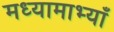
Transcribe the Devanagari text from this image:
मध्यामाभ्याँ